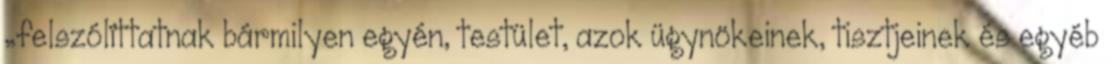
„felszólíttatnak bármilyen egyén, testület, azok ügynökeinek, tisztjeinek és egyéb